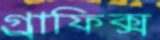
গ্র্রাফিক্স